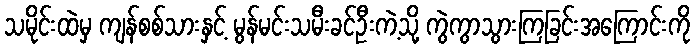
သမိုင်းထဲမှ ကျန်စစ်သားနှင့် မွန်မင်းသမီးခင်ဦးကဲ့သို့ ကွဲကွာသွားကြခြင်းအကြောင်းကို